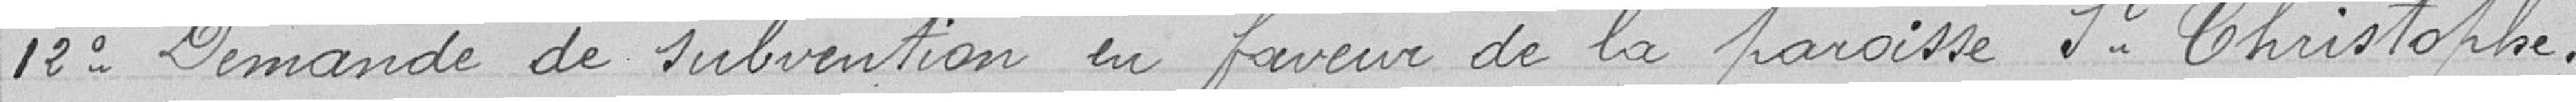
12° Demande de subvention en faveur de la paroisse St Christophe.